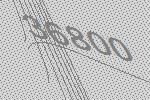
36800